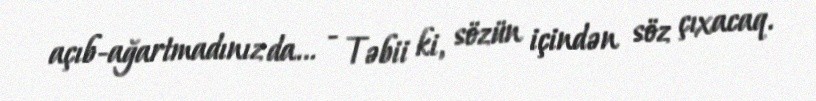
açıb-ağartmadınız da... - Təbii ki, sözün içindən söz çıxacaq.